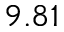
9 . 8 1